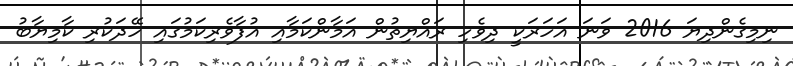
ނިމިގެންދިޔަ 2016 ވަނަ އަހަރަކީ ދިވެހި ރައްޔިތުން އަމާންކަމާއި އުފާވެރިކަމުގައި ހޭދަކުރި ކާމިޔާބު